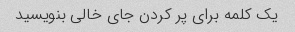
یک کلمه برای پر کردن جای خالی بنویسید